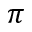
\pi